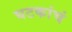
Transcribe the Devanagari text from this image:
घटकांचं